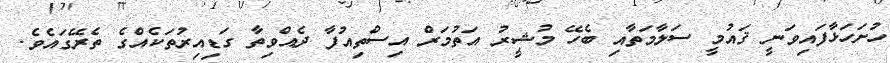
ހުށަހަޅާފައިވަނީ ޤައުމީ ސަލާމަތާއި ބެހޭ މުޝީރު އަތުމަރް އިސްތިއުފާ ދެއްވިތާ ގަޑިއިރުތަކެއްގެ ތެރޭގައެވެ.